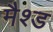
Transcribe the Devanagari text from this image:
मैश्ड